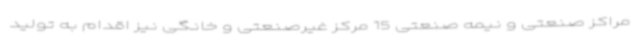
مراکز صنعتی و نیمه صنعتی 15 مرکز غیرصنعتی و خانگی نیز اقدام به تولید